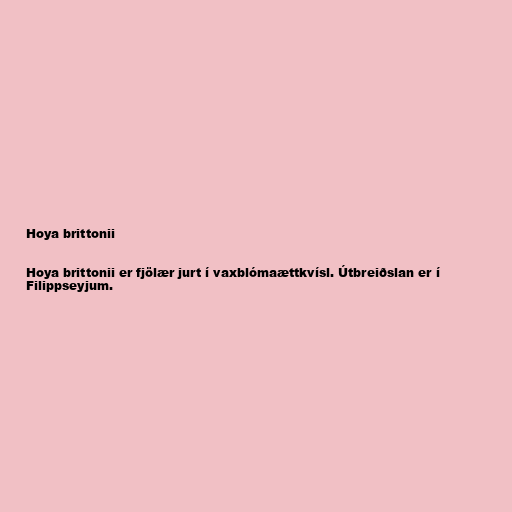
Hoya brittonii

Hoya brittonii er fjölær jurt í vaxblómaættkvísl. Útbreiðslan er í
Filippseyjum.